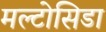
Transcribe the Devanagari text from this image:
मल्टोसिडा